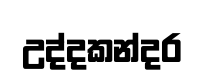
උද්දකන්දර